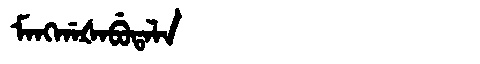
Manchu: ᠮᠠᠩᡤᠠᡧᠠᠪᡠᡨᠠᠯᠠ
Romanization: MANGGAŠABUTALA